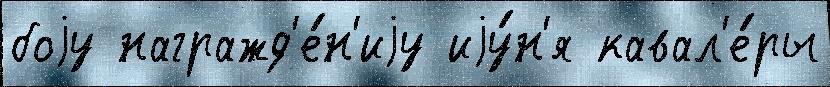
боjу награжд'е́н'иjу иjу́н'я кавал'е́ры